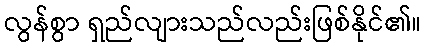
လွန်စွာ ရှည်လျားသည်လည်းဖြစ်နိုင်၏။